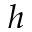
h